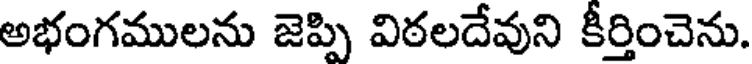
అభంగములను జెప్పి విఠలదేవుని కీర్తించెను.